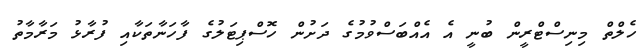
ހެލްތް މިނިސްޓްރީން ބުނީ އެ އެއްބަސްވުމުގެ ދަށުން ހޮސްޕިޓަލުގެ ފާހަނާތަކާއި ފުރާޅު މަރާމާތު